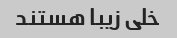
خلی زیبا هستند